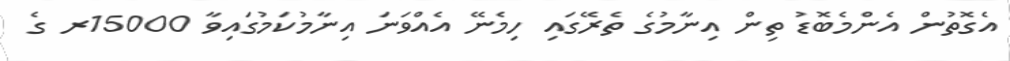
އެގޮތުން އެންމެބޮޑު ތިން އިނާމުގެ ތެރޭގައި ހިމެނޭ އެއްވަނަ އިނާމުކަމުގައިވާ 15000ރ ގެ